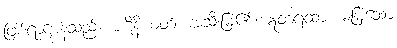
ဖြစ်ရာဌာန်သည်။ ပဋိနိယတံ၊ အသီးမြဲ၏။ ဣတရထာ၊ မမြဲသော